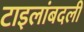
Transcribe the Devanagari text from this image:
टाइलांबदली